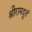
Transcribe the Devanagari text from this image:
श्रीरामदूतं